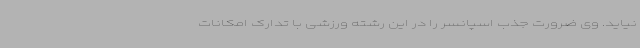
نیاید. وی ضرورت جذب اسپانسر را در این رشته ورزشی با تدارک امکانات